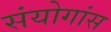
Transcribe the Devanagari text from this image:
संयोगांस